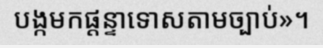
បង្កមកផ្តន្ទាទោសតាមច្បាប់»។